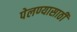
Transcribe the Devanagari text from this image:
पेलण्‍यासाठी